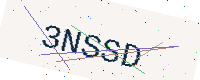
Text: 3NSSD